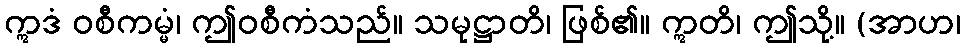
ဣဒံ ဝစီကမ္မံ၊ ဤဝစီကံသည်။ သမုဋ္ဌာတိ၊ ဖြစ်၏။ ဣတိ၊ ဤသို့။ (အာဟ၊